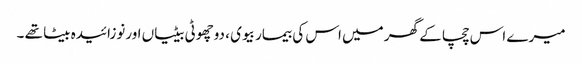
میرے اس چچا کے گھر میں اس کی بیمار بیوی ، دوچھوٹی بیٹیاں اورنوزائیدہ بیٹا تھے ۔